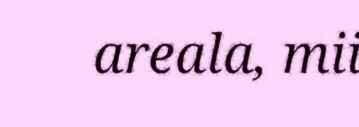
areala, mii